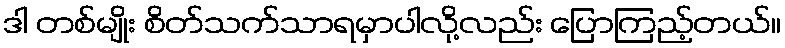
ဒါ တစ်မျိုး စိတ်သက်သာရမှာပါလို့လည်း ပြောကြည့်တယ်။